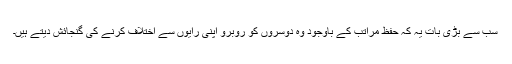
سب سے بڑی بات یہ کہ حفظِ مراتب کے باوجود وہ دوسروں کو روبرو اپنی رایوں سے اختلاف کرنے کی گنجائش دیتے ہیں۔